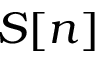
S [ n ]